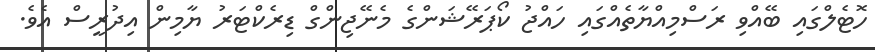
ހޮޓެލްގައި ބޭއްވި ރަސްމިއްޔާތެއްގައި ހައްޖު ކޯޕަރޭޝަންގެ މެނޭޖިންގް ޑިރެކްޓަރު ޔާމިން އިދުރީސް އެވެ.